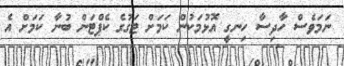
ނަމަވެސް ހާދިސާ ހިނގީ އޮޅުމަކުން ކަމަށް ޓަގުގެ ކެޕްޓަން ބުނާ ކަމަށް އެ